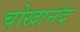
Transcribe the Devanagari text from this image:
चोखानंद